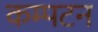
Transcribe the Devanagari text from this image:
कम्पटन